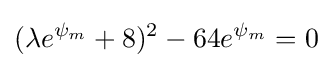
(\lambda e^{\psi _{m}}+8)^{2}-64e^{\psi _{m}}=0